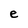
Character: e